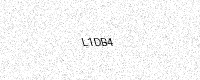
Text: L1DB4